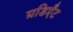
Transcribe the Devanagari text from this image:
ग्रडिएँट